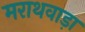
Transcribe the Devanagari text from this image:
मराथवाड़ा